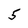
Character: 5